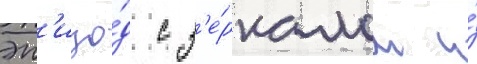
эп'изо́д с з'е́ркалом и́